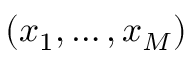
( x _ { 1 } , \ldots , x _ { M } )